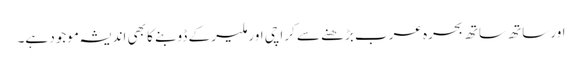
اور ساتھ ساتھ بحرہ عرب بڑھنے سے کراچی اور ملیر کے ڈوبنے کا بھی اندیشہ موجود ہے۔